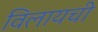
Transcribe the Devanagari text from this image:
विलायची